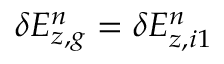
\delta E _ { z , g } ^ { n } = \delta E _ { z , i 1 } ^ { n }